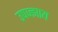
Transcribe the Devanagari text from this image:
उपज्झाय